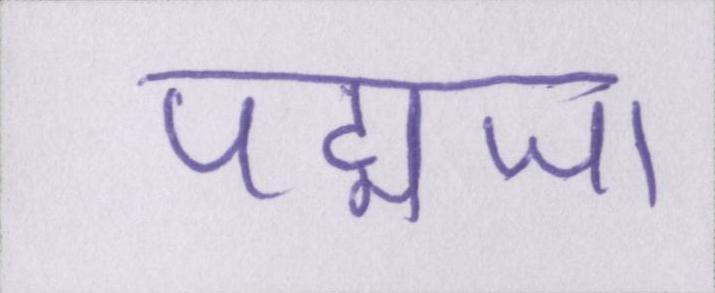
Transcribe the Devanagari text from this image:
पद्मजा